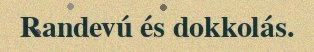
Randevú és dokkolás.